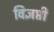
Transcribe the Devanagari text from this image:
विज्ञप्ती